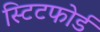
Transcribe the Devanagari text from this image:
स्टिटफोर्ड